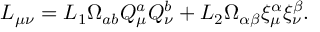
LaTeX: L _ { \mu \nu } = L _ { 1 } \Omega _ { a b } Q _ { \mu } ^ { a } Q _ { \nu } ^ { b } + L _ { 2 } \Omega _ { \alpha \beta } \xi _ { \mu } ^ { \alpha } \xi _ { \nu } ^ { \beta } .